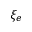
\xi _ { e }